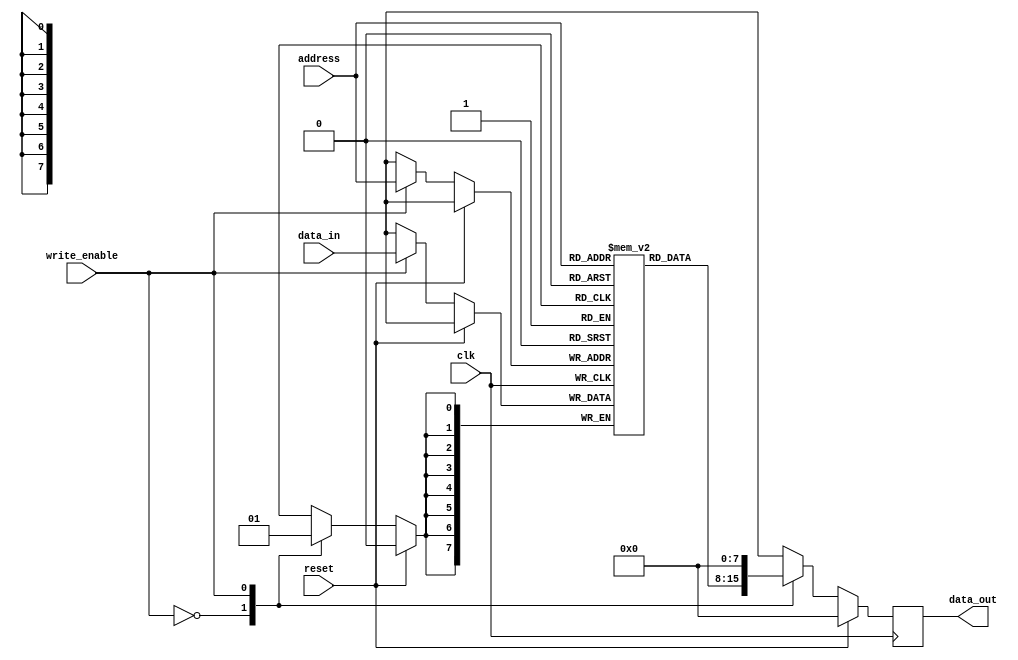
module ram (
    input wire clk,
    input wire reset,
    input wire write_enable,
    input wire [ADDR_WIDTH - 1:0] address,
    input wire [DATA_WIDTH - 1:0] data_in,
    output reg [DATA_WIDTH - 1:0] data_out
);

parameter ADDR_WIDTH = 8;
parameter DATA_WIDTH = 8;
parameter MEM_SIZE = 2**ADDR_WIDTH;

reg [DATA_WIDTH - 1:0] memory [MEM_SIZE - 1:0];

always @(posedge clk) begin
    if (reset) begin
        data_out <= 0;
    end else begin
        case (write_enable)
            1'b0: data_out <= memory[address];
            1'b1: begin
                memory[address] <= data_in;
                data_out <= 0;
            end
        endcase
    end
end

endmodule